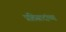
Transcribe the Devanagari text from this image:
प्रतिसादांच्या